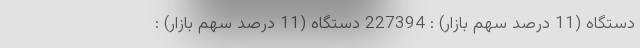
دستگاه (11 درصد سهم بازار) : 227394 دستگاه (11 درصد سهم بازار) :